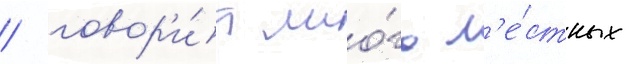
/ говор'и́т мно́го л'е́стных